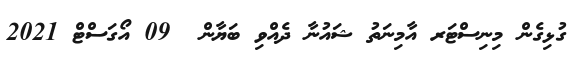
ގުޅިގެން މިނިސްޓަރ އާމިނަތު ޝައުނާ ދެއްވި ބަޔާން  09 އޯގަސްޓް 2021